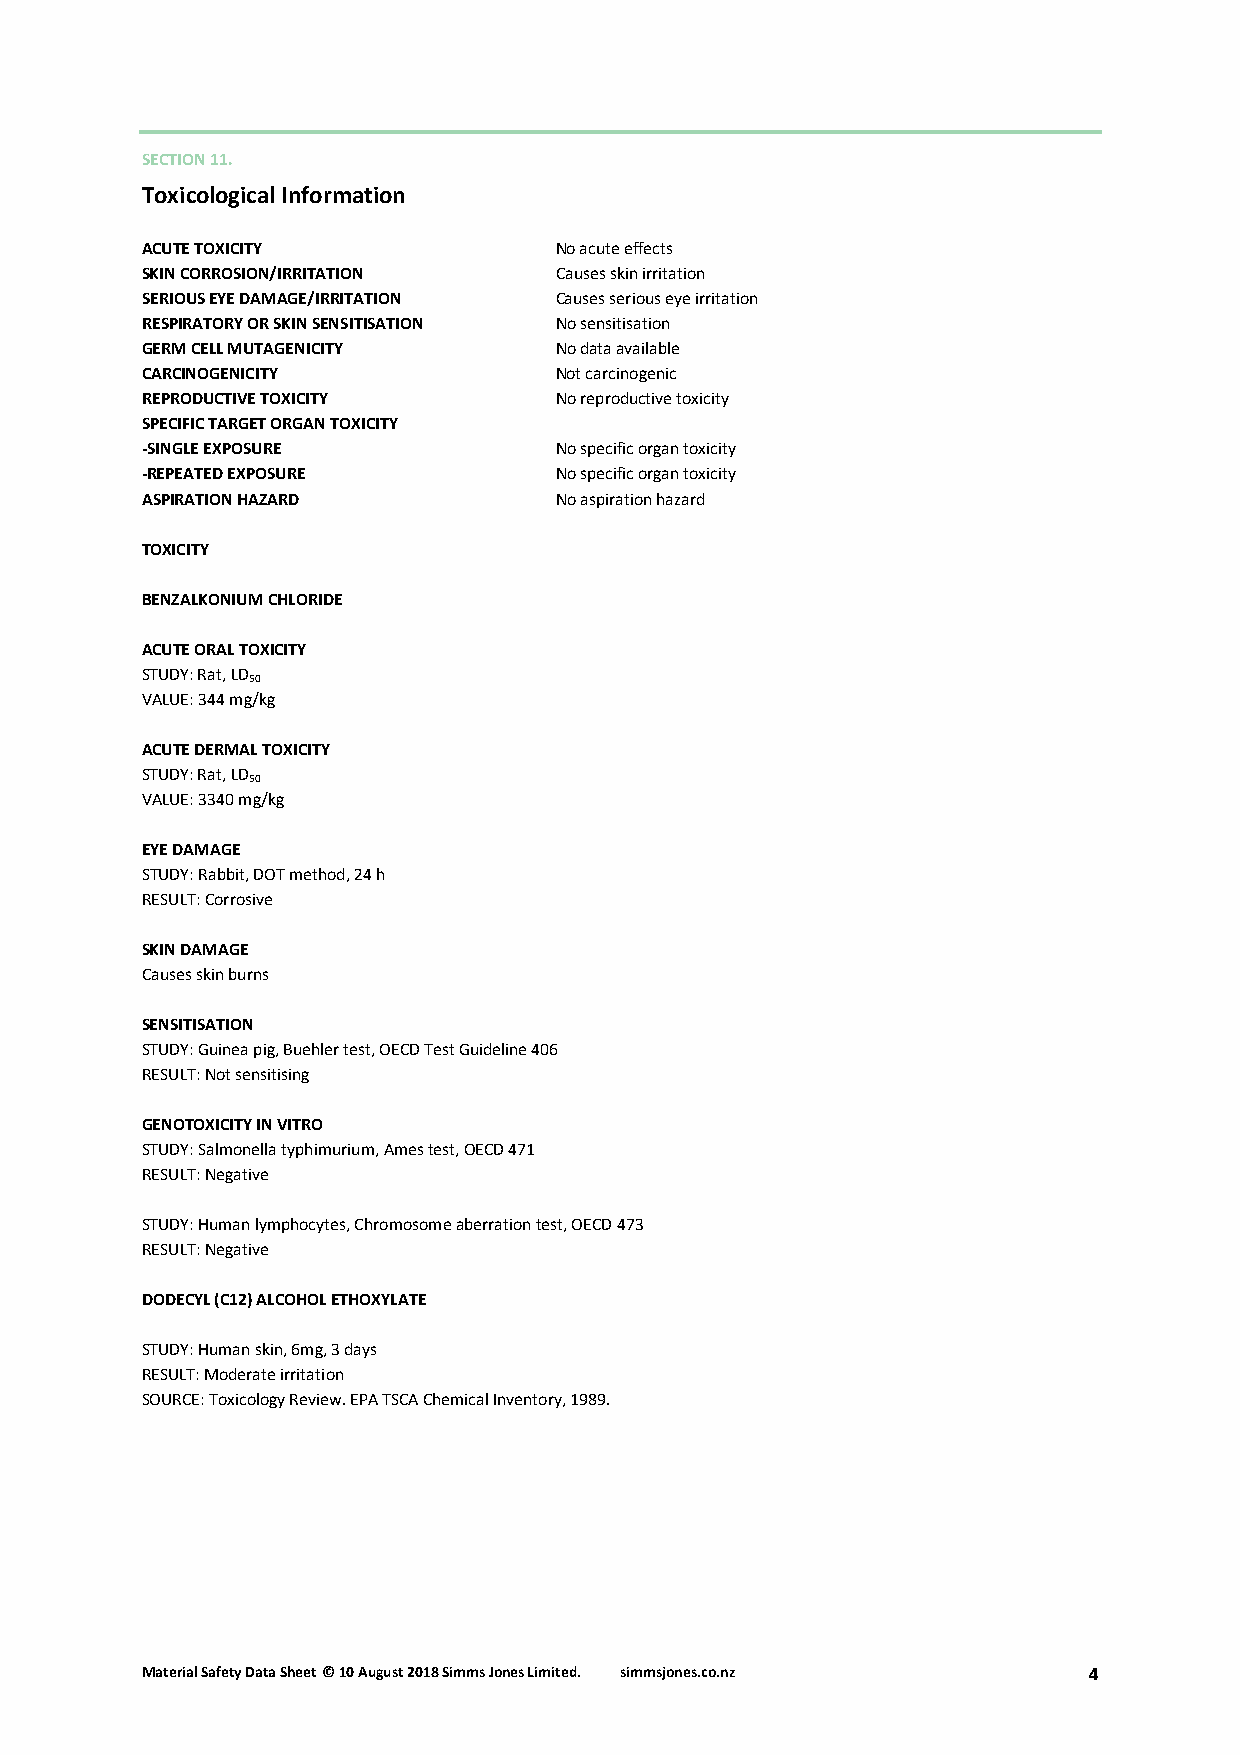
SECTION 11.
 Toxicological Information
 ACUTE TOXICITY              No acute effects
 SKIN CORROSION/IRRITATION   Causes skin irritation
 SERIOUS EYE DAMAGE/IRRITATION Causes serious eye irritation
 RESPIRATORY OR SKIN SENSITISATION No sensitisation
 GERM CELL MUTAGENICITY      No data available
 CARCINOGENICITY             Not carcinogenic
 REPRODUCTIVE TOXICITY       No reproductive toxicity
 SPECIFIC TARGET ORGAN TOXICITY
 -SINGLE EXPOSURE            No specific organ toxicity
 -REPEATED EXPOSURE          No specific organ toxicity
 ASPIRATION HAZARD           No aspiration hazard
 TOXICITY
 BENZALKONIUM CHLORIDE
 ACUTE ORAL TOXICITY
 STUDY: Rat, LD
 50
 VALUE: 344 mg/kg
 ACUTE DERMAL TOXICITY
 STUDY: Rat, LD
 50
 VALUE: 3340 mg/kg
 EYE DAMAGE
 STUDY: Rabbit, DOT method, 24 h
 RESULT: Corrosive
 SKIN DAMAGE
 Causes skin burns
 SENSITISATION
 STUDY: Guinea pig, Buehler test, OECD Test Guideline 406
 RESULT: Not sensitising
 GENOTOXICITY IN VITRO
 STUDY: Salmonella typhimurium, Ames test, OECD 471
 RESULT: Negative
 STUDY: Human lymphocytes, Chromosome aberration test, OECD 473
 RESULT: Negative
 DODECYL (C12) ALCOHOL ETHOXYLATE
 STUDY: Human skin, 6mg, 3 days
 RESULT: Moderate irritation
 SOURCE: Toxicology Review. EPA TSCA Chemical Inventory, 1989.
 Material Safety Data Sheet© 10 August 2018 Simms Jones Limited. simmsjones.co.nz 4